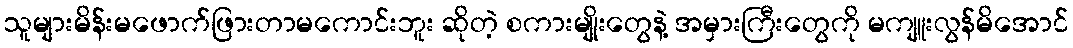
သူများမိန်းမဖောက်ဖြားတာမကောင်းဘူး ဆိုတဲ့ စကားမျိုးတွေနဲ့ အမှားကြီးတွေကို မကျူးလွန်မိအောင်